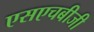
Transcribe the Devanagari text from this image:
एसएचबीजी